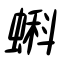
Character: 蝌